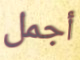
أجمل